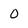
Character: 0